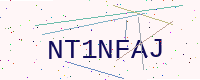
Text: NT1NFAJ